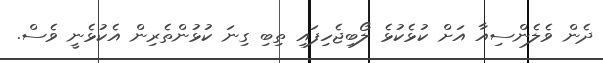
ދެން ވެލެންސިއާ އަށް ކުޅެކުޅެ ލޯބިޖެހިފައި ތިބި ގިނަ ކުޅުންތެރިން އެކުޅެނީ ވެސް.